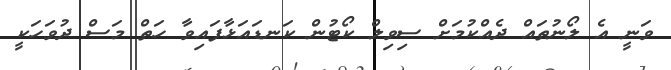
ވަނީ އެ ލޯނުތައް ދެއްކުމަށް ސިވިލް ކޯޓުން ކަނޑައަޅާފައިވާ ހަތް މަސް ދުވަހަކީ